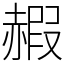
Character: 赮